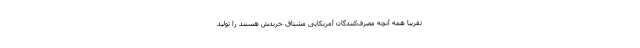
تقریباً همه آنچه مصرف‌کنندگان آمریکایی مشتاق خریدش هستند را تولید